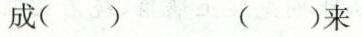
成() ()来